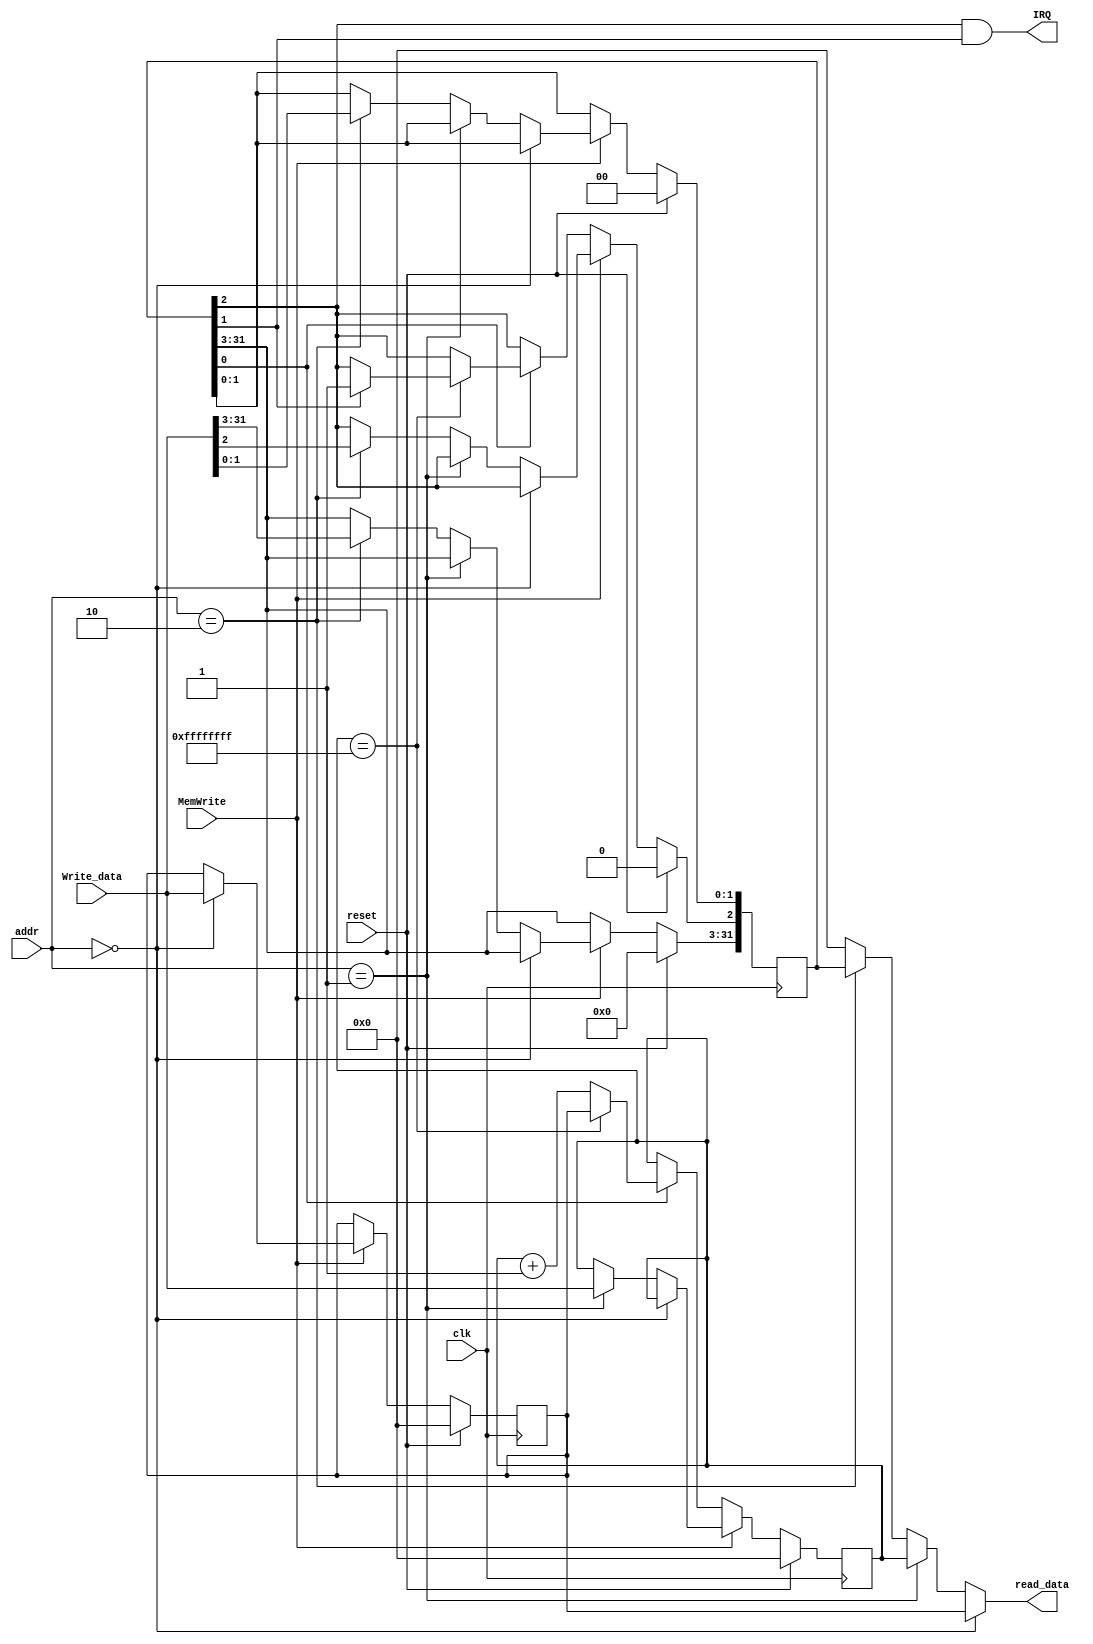
`timescale 1ns / 1ps


module Timer(
    input reset,
    input clk,
    input [1:0] addr,
    input MemWrite,
    input [31:0] Write_data,
    output [31:0] read_data,
    output IRQ
    );
    reg [31:0] TH;
    reg [31:0] TL;
    reg [31:0] TCON;
    assign read_data=(addr==0)?TH:(addr==1)?TL:(addr==2)?TCON:32'b0;
    assign IRQ=TCON[2]&TCON[1];
    always @(posedge clk)begin
        if(reset)begin // turn off timer
            TH<=0;
            TL<=0;
            TCON<=0;
        end
        else begin
        if(MemWrite)begin
            if(addr==0) TH<=Write_data;
            else if(addr==1)TL<=Write_data;
            else if (addr==2)TCON<=Write_data;
        end
        else begin
            if(TCON[0])begin  // timer is enabled
                if(TL==32'hffffffff)begin
                    TL<=TH;
                    if(TCON[1]) TCON[2]<=1'b1;
                end
                else TL<=TL+1;
            end
        end
        end
    end
endmodule